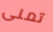
تمنى